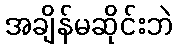
အချိန်မဆိုင်းဘဲ